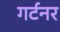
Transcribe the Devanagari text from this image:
गर्टनर